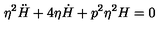
\eta ^ { 2 } \ddot { H } + 4 \eta \dot { H } + p ^ { 2 } \eta ^ { 2 } H = 0